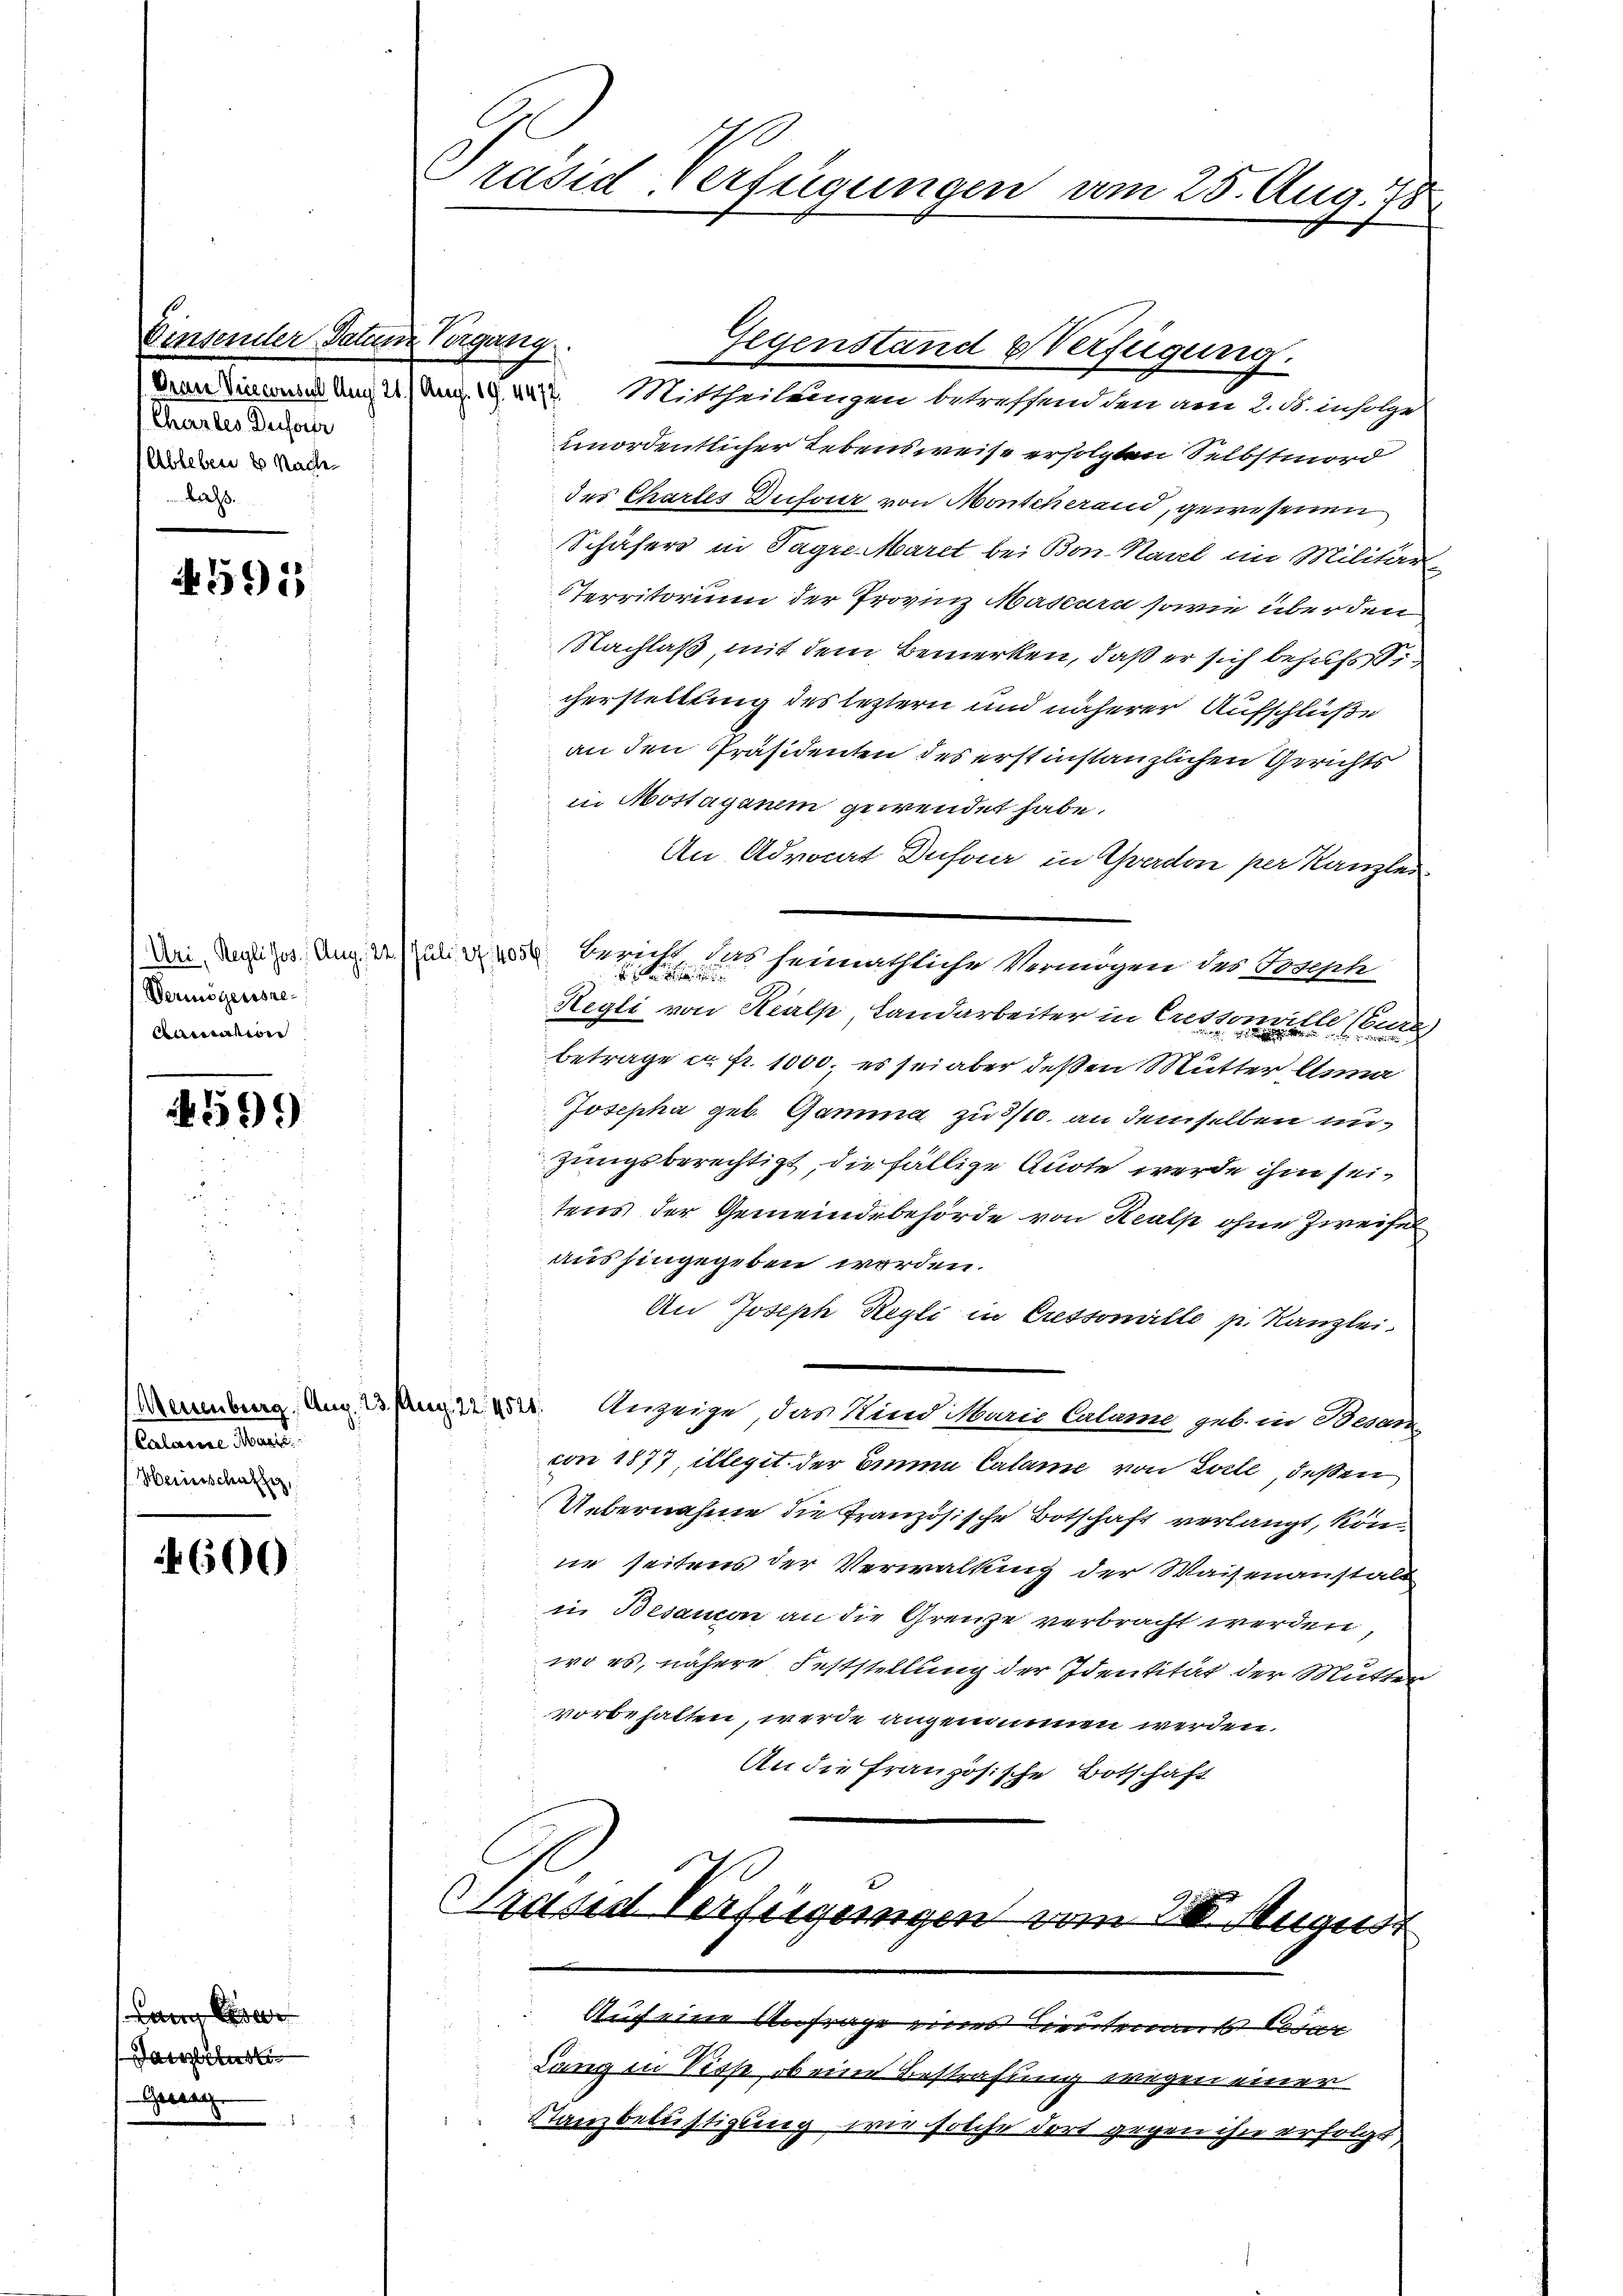
Einsender Datum Vergang.
Chartes Dufour
Ableben & Nache
.

4591

Uri, Regli Jos. Aug. 122.
Vermögensre
Aumation

4599)

Calarire Marie
Heinschaffe,

600

Lang se
Dann

Präsid Verfügungen am 25. Aug. 75

Gegenstand & Verfügung.

(von Vinconsul Ung 211 Aug. 19. 4477. Mittheilungen betreffend den am 2. B. infolge
unordentlicher Lebensweise erfolgten Selbstmord
des Chartes Dufour von Monscherand, gewesenen
Schäfers in Tagre Maret bei Bon-Naal im Militär
Territorium der Provinz Mascura sowie über den
Nachlaß, mit dem Bemerken, daß er sich behufs Si
chersteilung des leztern und näherer Aufschlüße
an den Präsidenten des erstinstanzlichen Gerichts
in Mostagenem gewendet habe.
An Advocat Dufour in Yverdon per Kanzler
 Bericht das heimathliche Vermögen des Joseph

Regli von Realp, Landarbeiter in Crettomille (Bure
betrage c. fr. 1000. es sei aber deßen Mutter Anna
Josepha geb. Gamma zu 3/10. an demselben unzungsberechtigt, die fällige Auste werde ihm seitens der Gemeindebehörde von Keulp ohne Zweifel
aushingegeben worden.
An Joseph Regli in Cressorelle p. Kanzlei.
Momenberg, Aug. 23. Aug. 12452. Anzeige, das Kind Maria Calame geb. in Ban
con 1877, illegit der Binnen Calame von Zwill, deßen
Uebernahme die Französische Botschaft verlangt, könne seitens der Verwaltung der Waisenanstalt
in Besaucon an die Grenze verbracht werden,
wo es, nähere Feststellung der Identität der Mutzn
vorbehalten, werde angenommen werden.
An die Französische Botschaft

Präsid Verfügungen vom III. August

d
Auch eine Anfrage eines Leutenants Cesar
Lang in Disse, ob eine Bestrafung wegen einer
Stanzbelustigung, wie solche dort gegen ihn erfolgt